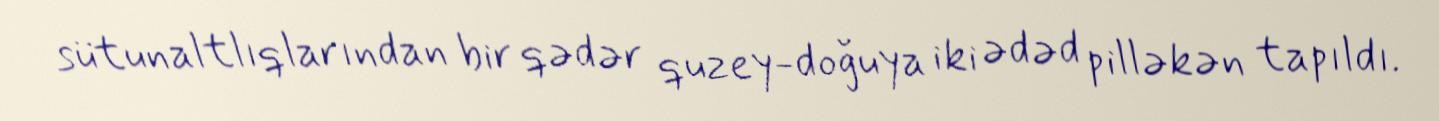
sütunaltlıqlarından bir qədər quzey-doğuya iki ədəd pilləkən tapıldı.